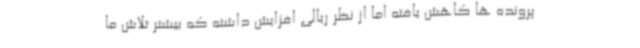
پرونده ها کاهش یافته اما از نظر ریالی افزایش داشته که بیشتر تلاش ما